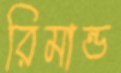
রিমান্ড